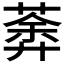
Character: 𦹍